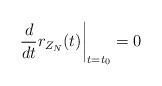
LaTeX: \begin{align*}\left. \frac{d}{dt} r_{Z_N} (t) \right|_{t=t_0} = 0\end{align*}